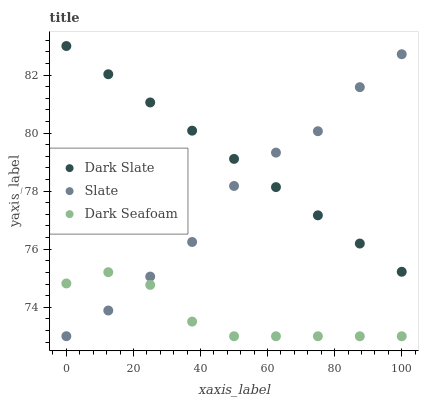
| xaxis_label | Dark Slate | Slate | Dark Seafoam |
 | --- | --- | --- | --- |
 | 0 | 83 | 73 | 74.8 |
 | 12.5 | 82 | 73.9 | 75.2 |
 | 25 | 81.1 | 75.1 | 74.8 |
 | 37.5 | 80.1 | 76.2 | 73.5 |
 | 50 | 79.1 | 78.2 | 73 |
 | 62.5 | 78.1 | 79.3 | 73 |
 | 75 | 77.2 | 80.1 | 73 |
 | 87.5 | 76.2 | 81.6 | 73 |
 | 100 | 75.2 | 82.7 | 73 |